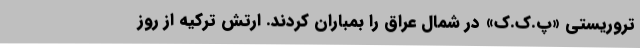
تروریستی «پ.ک.ک» در شمال عراق را بمباران کردند. ارتش ترکیه از روز